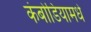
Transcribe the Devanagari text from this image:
कंबोडियामधे